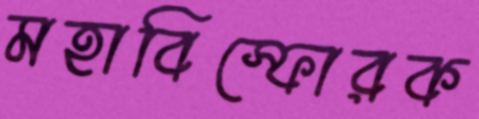
মহাবিস্ফোরক